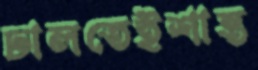
ঢালতেইশান্ত